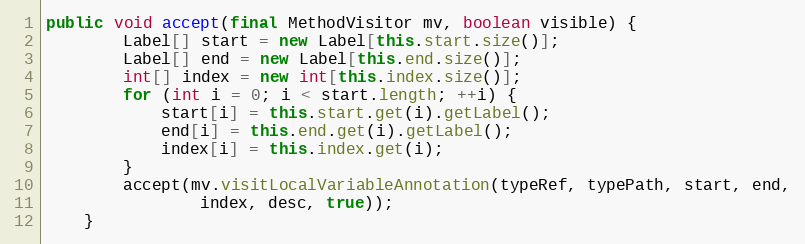
Language: Java
public void accept(final MethodVisitor mv, boolean visible) {
        Label[] start = new Label[this.start.size()];
        Label[] end = new Label[this.end.size()];
        int[] index = new int[this.index.size()];
        for (int i = 0; i < start.length; ++i) {
            start[i] = this.start.get(i).getLabel();
            end[i] = this.end.get(i).getLabel();
            index[i] = this.index.get(i);
        }
        accept(mv.visitLocalVariableAnnotation(typeRef, typePath, start, end,
                index, desc, true));
    }